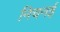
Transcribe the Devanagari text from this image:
निचनई